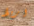
اربط